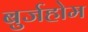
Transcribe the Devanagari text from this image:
बुर्जहोम